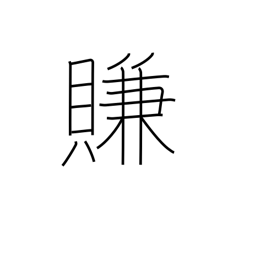
Meaning: coax